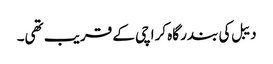
دیبل کی بندر گاہ کراچی کے قریب تھی۔